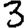
Digit: 3